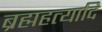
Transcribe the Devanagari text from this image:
ब्रह्महत्यादि